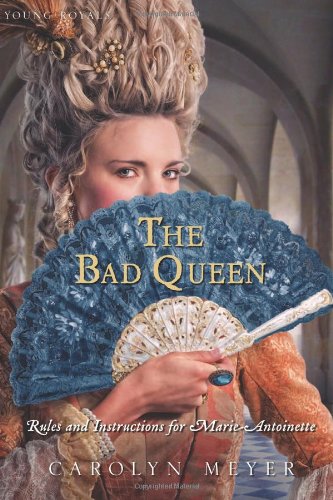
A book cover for The Bad Queen: Rules and Instructions for Marie-Antoinette; Carolyn Meyer; Teen & Young Adult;